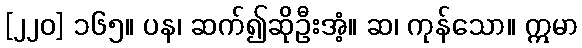
[၂၂၀] ၁၆၅။ ပန၊ ဆက်၍ဆိုဦးအံ့။ ဆ၊ ကုန်သော။ ဣမာ